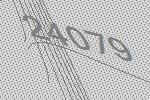
24079